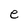
Character: e